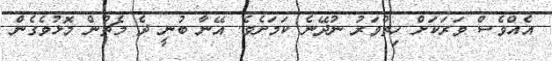
އެއްވެސް ވަރަކަށް ހިތްވަރު ނުދޭނެ ކަމަށެވެ. އޭނާ ބުނީ ދެ މެޗުން މޮޅުވެގެން